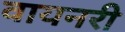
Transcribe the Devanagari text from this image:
वायनरी